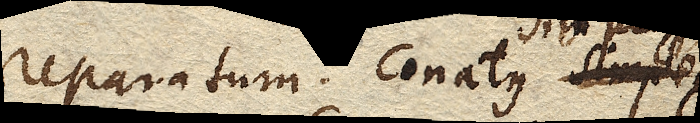
reparatum. Conatus simplex